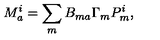
M _ { a } ^ { i } = \sum _ { m } B _ { m a } \Gamma _ { m } P _ { m } ^ { i } ,